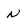
Character: n